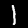
Digit: 1